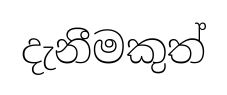
දැනීමකුත්